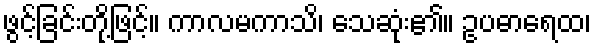
ဖွင့်ခြင်းတို့ဖြင့်။ ကာလမကာသိ၊ သေဆုံး၏။ ဥပဓာရေထ၊